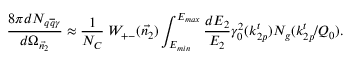
\frac { 8 \pi d N _ { q \overline { { { q } } } \gamma } } { d \Omega _ { \vec { n _ { 2 } } } } \approx \frac { 1 } { N _ { C } } \; W _ { + - } ( { \vec { n _ { 2 } } } ) \int _ { E _ { m i n } } ^ { E _ { m a x } } \frac { d E _ { 2 } } { E _ { 2 } } \gamma _ { 0 } ^ { 2 } ( k _ { 2 p } ^ { t } ) N _ { g } ( k _ { 2 p } ^ { t } / Q _ { 0 } ) .